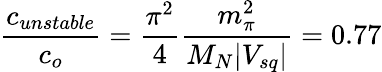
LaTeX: \frac{c_{unstable}}{c_{o}}=\frac{\pi^{2}}{4}\frac{m_{\pi}^{2}}{M_{N}|V_{sq}|}=0.77